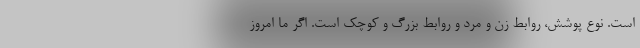
است. نوع پوشش، روابط زن و مرد و روابط بزرگ و کوچک است. اگر ما امروز